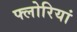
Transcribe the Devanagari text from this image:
फ्लोरियां